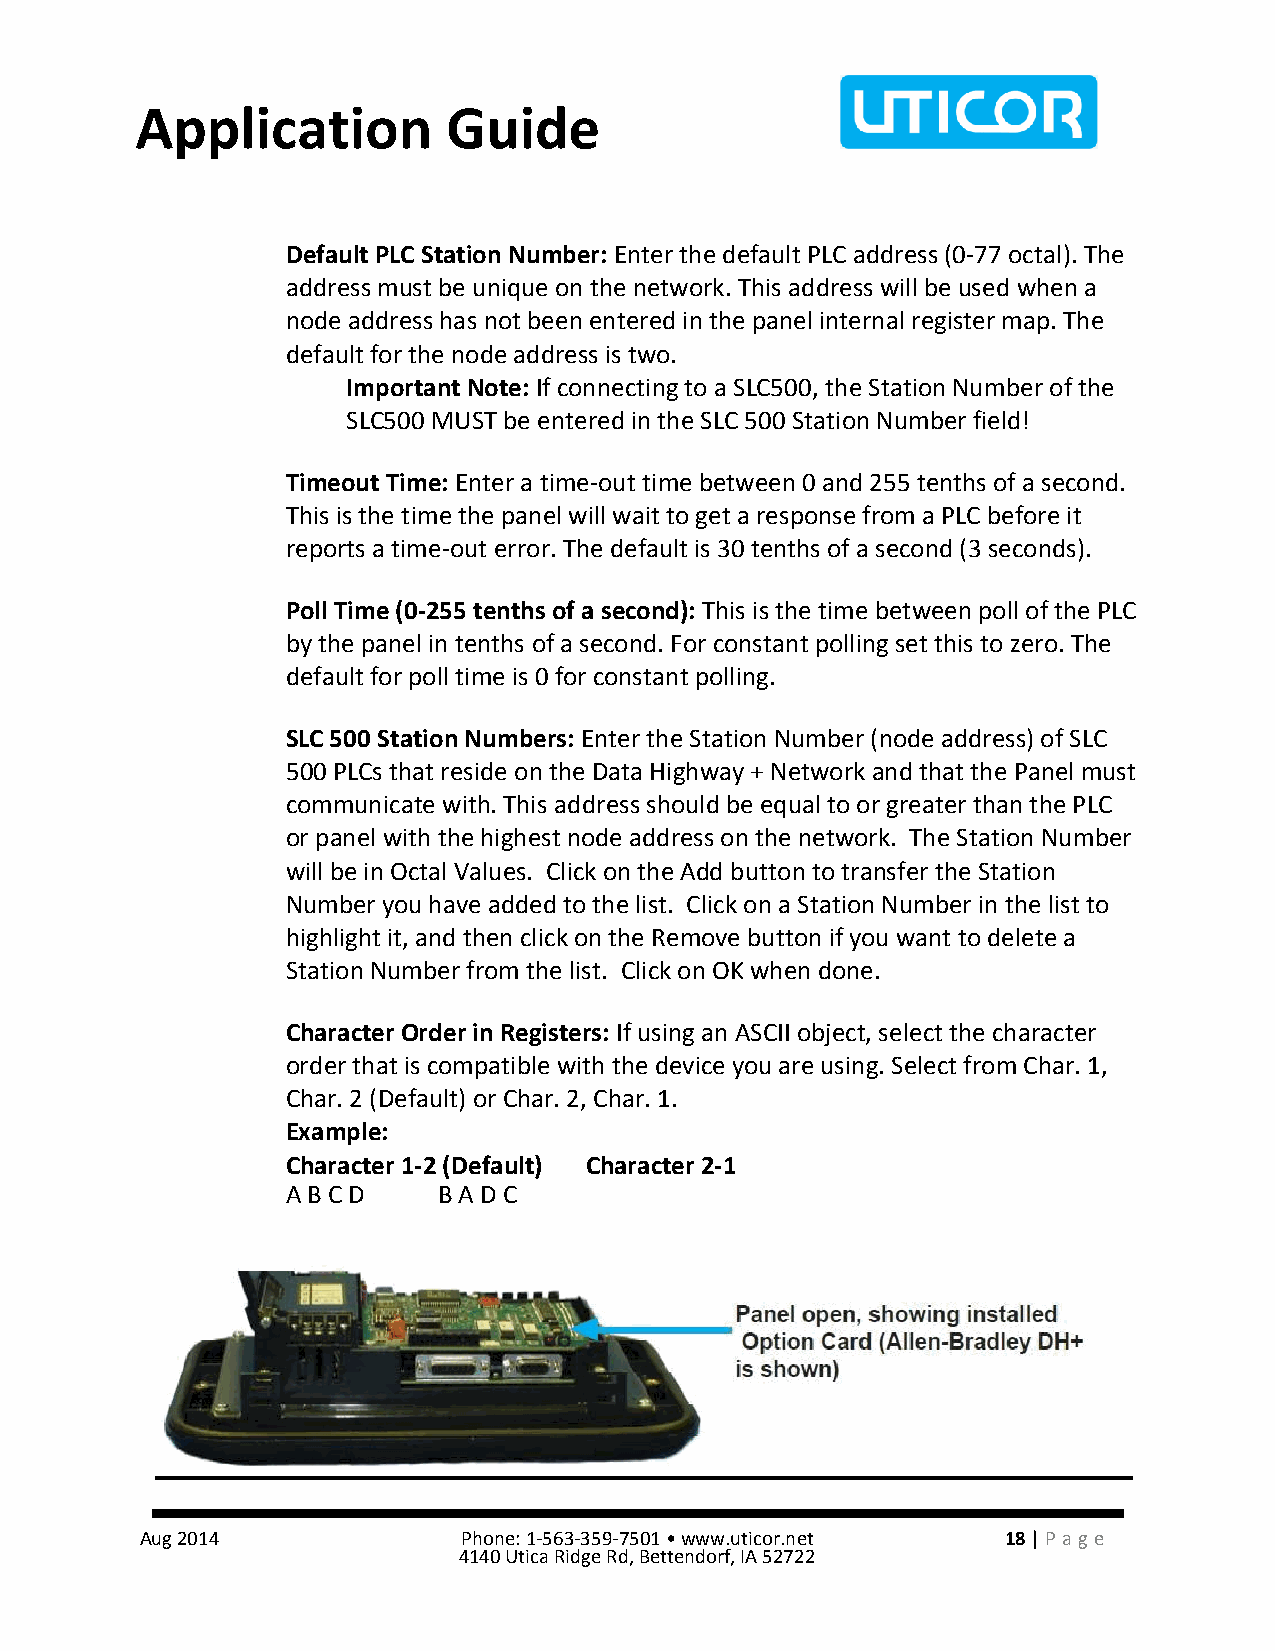
Application          Guide
 Default PLC Station Number: Enter the default PLC address (0-77 octal). The
 address must be unique on the network. This address will be used when a
 node address has not been entered in the panel internal register map. The
 default for the node address is two.
 Important Note: If connecting to a SLC500, the Station Number of the
 SLC500 MUST be entered in the SLC 500 Station Number field!
 Timeout Time: Enter a time-out time between 0 and 255 tenths of a second.
 This is the time the panel will wait to get a response from a PLC before it
 reports a time-out error. The default is 30 tenths of a second (3 seconds).
 Poll Time (0-255 tenths of a second): This is the time between poll of the PLC
 by the panel in tenths of a second. For constant polling set this to zero. The
 default for poll time is 0 for constant polling.
 SLC 500 Station Numbers: Enter the Station Number (node address) of SLC
 500 PLCs that reside on the Data Highway + Network and that the Panel must
 communicate with. This address should be equal to or greater than the PLC
 or panel with the highest node address on the network. The Station Number
 will be in Octal Values. Click on the Add button to transfer the Station
 Number you have added to the list. Click on a Station Number in the list to
 highlight it, and then click on the Remove button if you want to delete a
 Station Number from the list. Click on OK when done.
 Character Order in Registers: If using an ASCII object, select the character
 order that is compatible with the device you are using. Select from Char. 1,
 Char. 2 (Default) or Char. 2, Char. 1.
 Example:
 Character 1-2 (Default) Character 2-1
 A B C D   B A D C
 Aug 2014              Phone: 1-563-359-7501 • www.uticor.net 18 | Pa ge
 4140 Utica Ridge Rd, Bettendorf, IA 52722